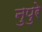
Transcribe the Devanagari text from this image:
नुपुरे